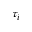
\tau _ { i }